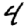
Digit: 4